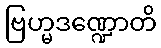
ဗြဟ္မဒဏ္ဍောတိ